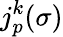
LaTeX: j_{p}^{k}(\sigma)